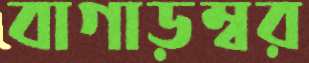
বাগাড়ম্বর